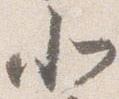
北